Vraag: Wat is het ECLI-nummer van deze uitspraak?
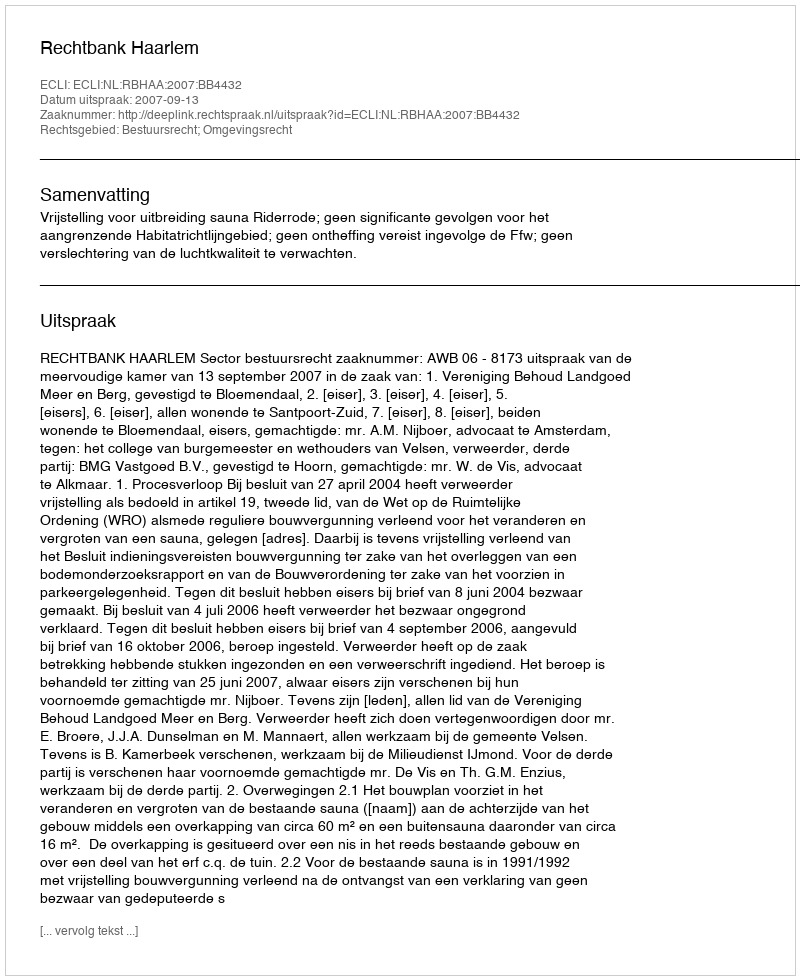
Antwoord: ECLI:NL:RBHAA:2007:BB4432